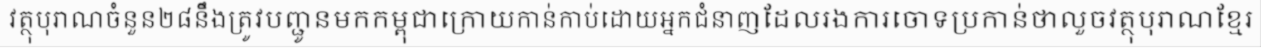
វត្ថុបុរាណចំនួន២៨នឹងត្រូវបញ្ជូនមកកម្ពុជាក្រោយកាន់កាប់ដោយអ្នកជំនាញដែលរងការចោទប្រកាន់ថាលួចវត្ថុបុរាណខ្មែរ